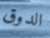
الدوق